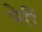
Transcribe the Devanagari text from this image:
पेर्री